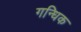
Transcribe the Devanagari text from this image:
गन्धिक